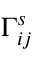
\Gamma _ { i j } ^ { s }